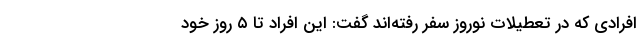
افرادی که در تعطیلات نوروز سفر رفته‌اند گفت: این افراد تا ۵ روز خود